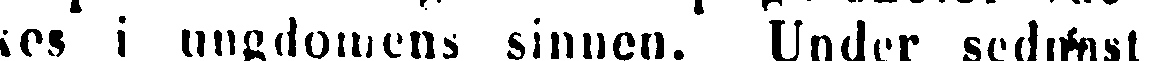
kes i ungdomens sinnen. Under sednast